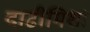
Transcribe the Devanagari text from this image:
दाढीमिशा